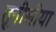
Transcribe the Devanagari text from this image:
तूनीसीया